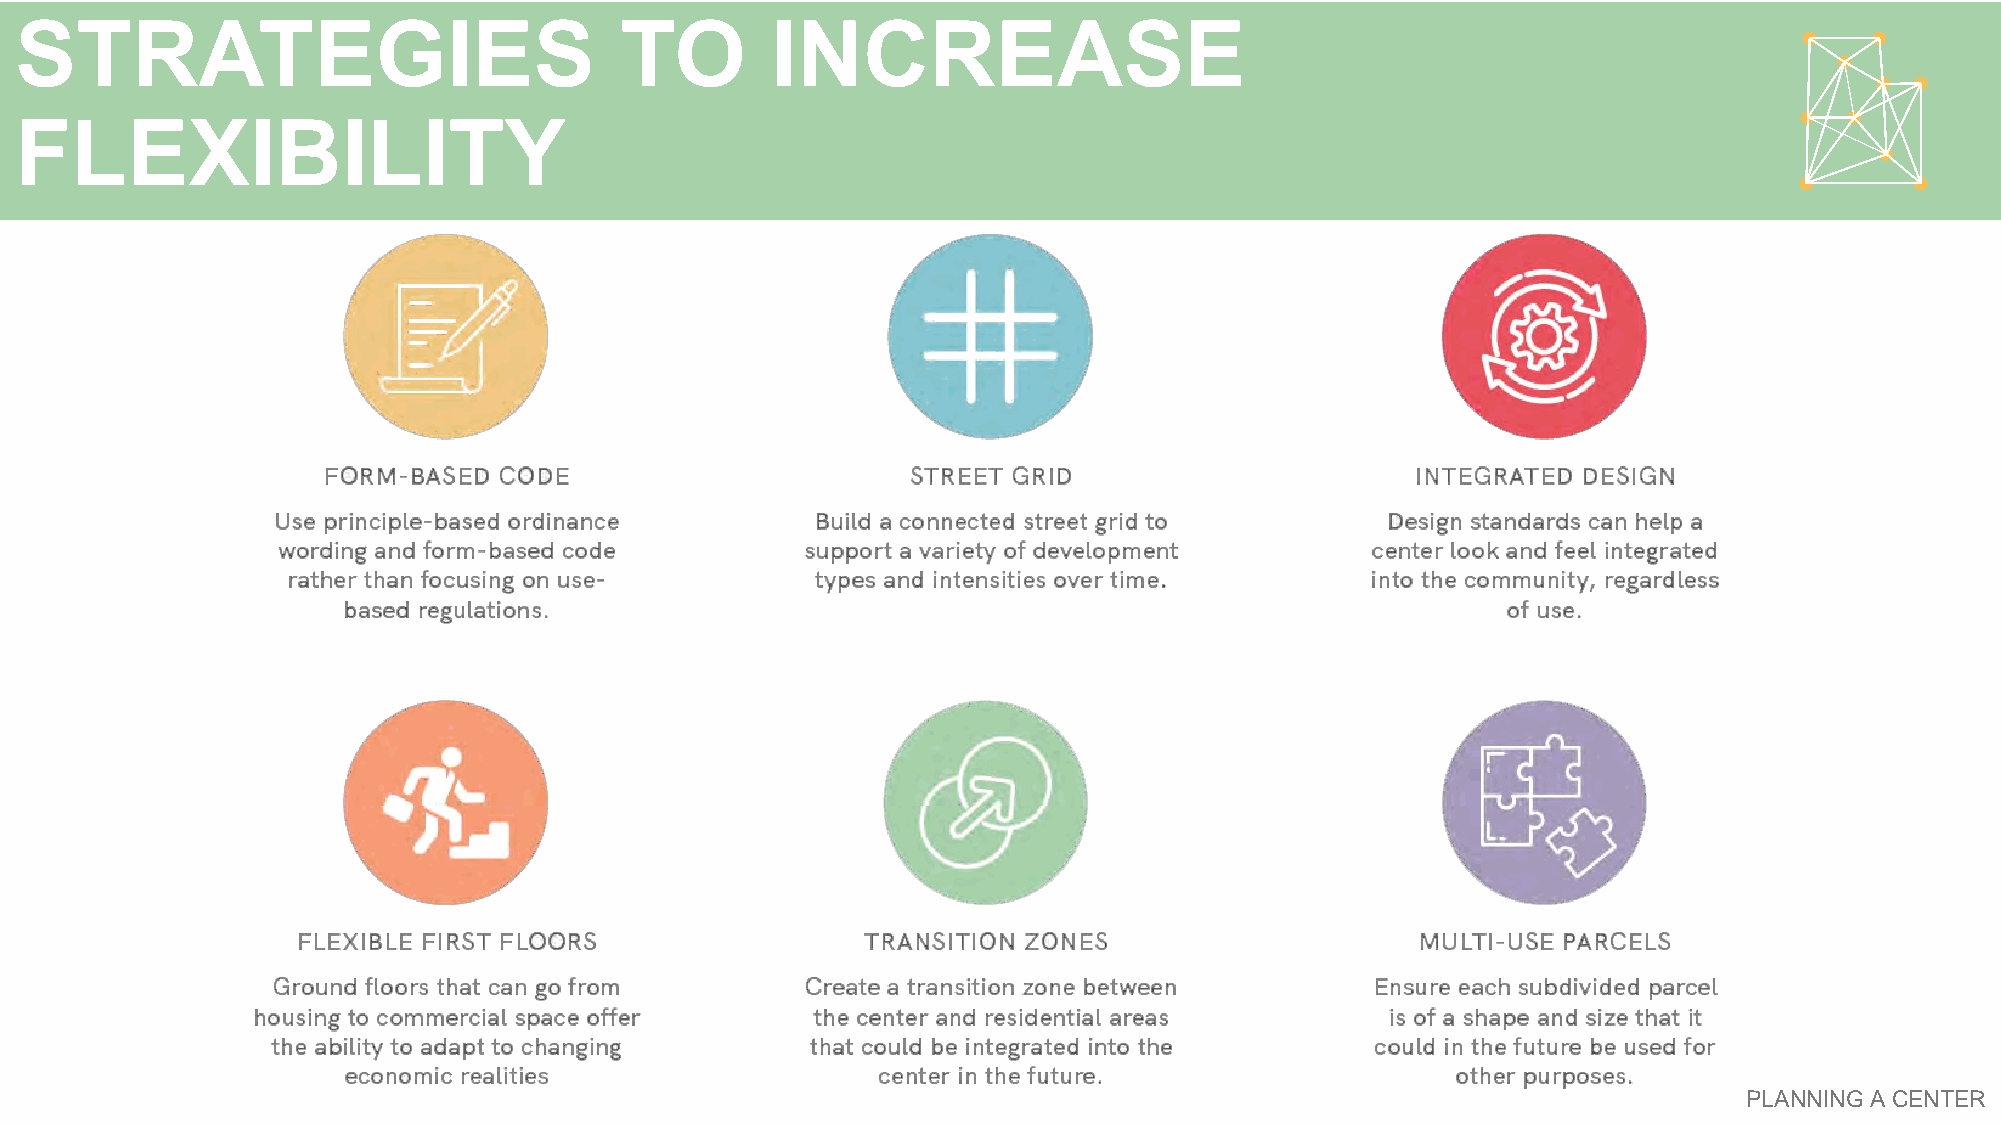
STRATEGIES                              TO        INCREASE
 FLEXIBILITY
 PLANNING A CENTER